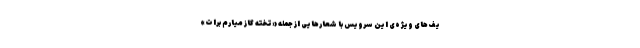
یف‌های ویژه‌ی این سرویس با شعارهایی از جمله «تخته گاز میارم برات»